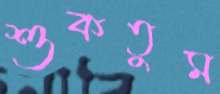
শুকতুম